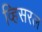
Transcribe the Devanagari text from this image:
व्हिसरल